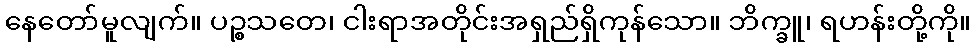
နေတော်မူလျက်။ ပဉ္စသတေ၊ ငါးရာအတိုင်းအရှည်ရှိကုန်သော။ ဘိက္ခူ၊ ရဟန်းတို့ကို။